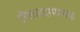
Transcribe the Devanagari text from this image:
टोंगळ्यादरम्यानचा